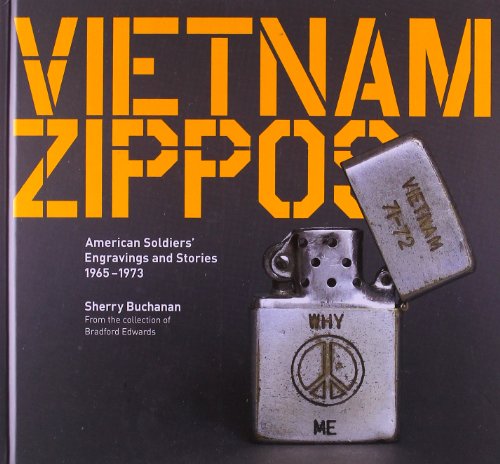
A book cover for Vietnam Zippos: American Soldiers' Engravings and Stories (1965-1973); Humor & Entertainment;